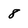
Character: 8